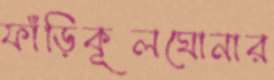
ফাঁড়িকূলঘোনার